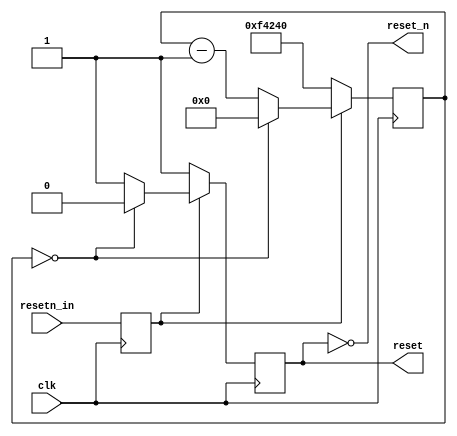
module sync_rst (
                 input wire clk,
                 input wire resetn_in,
                 output wire reset,
                 output wire reset_n
                 );

   reg [19:0] cnt;
   reg        rstn0, rstn1;

   reg        srst;

   assign reset = srst;
   assign reset_n = ~srst;

   always @(posedge clk)
     begin
        rstn0 = resetn_in;
        rstn1 = rstn0;
     end

   always @(posedge clk)
     begin
        if (rstn1)
          begin
             if (cnt == 0)
               begin
                  cnt = 0;
                  srst = 1'b0;
               end
             else
               begin
                  cnt = cnt - 1;
                  srst = 1'b1;
               end
          end
        else
          begin
             srst = 1'b1;
             cnt = 1000000;
          end
     end

endmodule